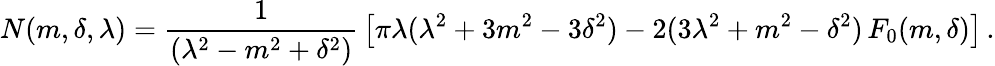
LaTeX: N(m,\delta,\lambda)={\frac{1}{(\lambda^{2}-m^{2}+\delta^{2})}}\left[\pi\lambda(\lambda^{2}+3m^{2}-3\delta^{2})-2(3\lambda^{2}+m^{2}-\delta^{2})\, F_{0}(m,\delta)\right]\, .